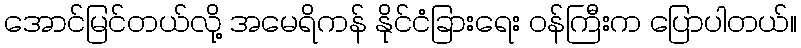
အောင်မြင်တယ်လို့ အမေရိကန် နိုင်ငံခြားရေး ဝန်ကြီးက ပြောပါတယ်။